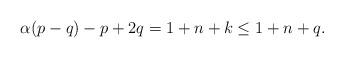
LaTeX: \begin{align*}\alpha(p-q)-p+2q=1+n+k\leq 1+n+q.\end{align*}